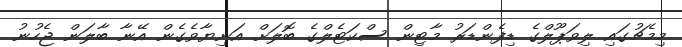
މިމެޗުގައި ލިވަޕޫލްގެ ޑިފެންޑަރު މާޓިން ސްކަޓެލްގެ ބޮލަށް އަނިޔާވެގެން އޭނާ ބާލަން ޖެހުނު